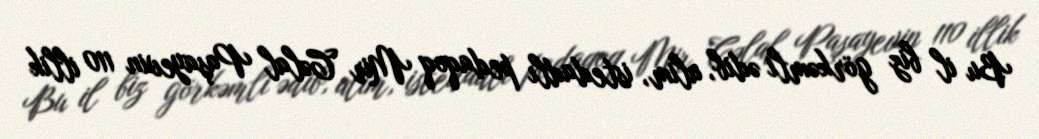
Bu il biz görkəmli ədib, alim, istedadlı pedaqoq Mir Cəlal Paşayevin 110 illik